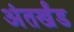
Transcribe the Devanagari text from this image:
अंतर्खंड